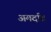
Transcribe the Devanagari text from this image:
अमर्दाद